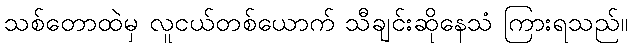
သစ်တောထဲမှ လူငယ်တစ်ယောက် သီချင်းဆိုနေသံ ကြားရသည်။